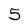
Character: 5